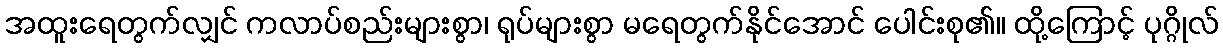
အထူးရေတွက်လျှင် ကလာပ်စည်းများစွာ၊ ရုပ်များစွာ မရေတွက်နိုင်အောင် ပေါင်းစု၏။ ထို့ကြောင့် ပုဂ္ဂိုလ်